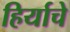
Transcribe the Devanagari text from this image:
हिर्याचे